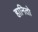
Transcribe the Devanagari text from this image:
हानितो